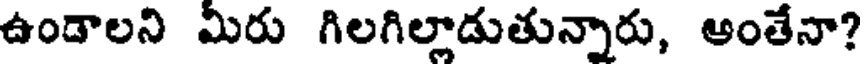
ఉండాలని మీరు గిలగిల్లాడుతున్నారు, ఆంతేనా?